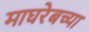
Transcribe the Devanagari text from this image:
माघरेबच्या